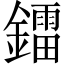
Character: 鐳